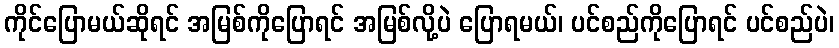
ကိုင်ပြောမယ်ဆိုရင် အမြစ်ကိုပြောရင် အမြစ်လို့ပဲ ပြောရမယ်၊ ပင်စည်ကိုပြောရင် ပင်စည်ပဲ၊